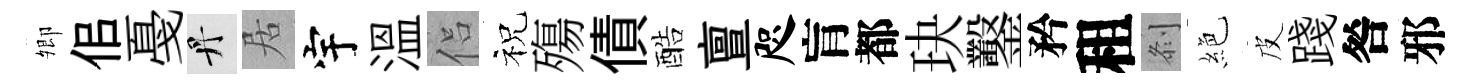
𡖖佀戞丹居宇溫侣祝殤債酷亶咫肓都玦鑿矜租𠛴絶皮踐咎邪